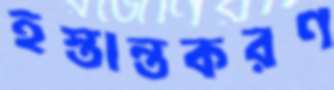
হস্তান্তকরণ